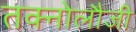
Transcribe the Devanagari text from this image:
तक्नोलौजी